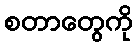
စတာတွေကို